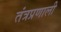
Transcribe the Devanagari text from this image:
तंत्रप्रणाली